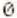
0